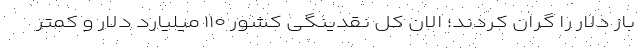
باز دلار را گران کردند؛ الان کل نقدینگی کشور ۱۱۰ میلیارد دلار و کمتر